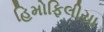
હિમોફિલીયા